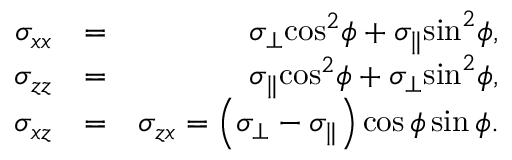
\begin{array} { r l r } { { \sigma _ { x x } } } & { = } & { { \sigma _ { \perp } } { \cos ^ { 2 } } \phi + { \sigma _ { \parallel } } { \sin ^ { 2 } } \phi , } \\ { { \sigma _ { z z } } } & { = } & { { \sigma _ { \parallel } } { \cos ^ { 2 } } \phi + { \sigma _ { \perp } } { \sin ^ { 2 } } \phi , } \\ { { \sigma _ { x z } } } & { = } & { { \sigma _ { z x } } = \left( { { \sigma _ { \perp } } - { \sigma _ { \parallel } } } \right) \cos \phi \sin \phi . } \end{array}